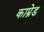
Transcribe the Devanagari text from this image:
काम्रेड